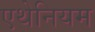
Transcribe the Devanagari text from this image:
एथेनियम